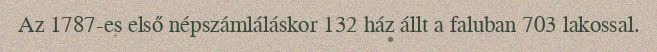
Az 1787-es első népszámláláskor 132 ház állt a faluban 703 lakossal.